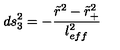
d s _ { 3 } ^ { 2 } = - \frac { \tilde { r } ^ { 2 } - \tilde { r } _ { + } ^ { 2 } } { l _ { e f f } ^ { 2 } }